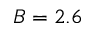
B = 2 . 6